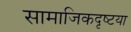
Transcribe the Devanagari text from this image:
सामाजिकदृष्‍टया